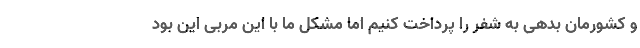
و کشورمان بدهی به شفر را پرداخت کنیم اما مشکل ما با این مربی این بود